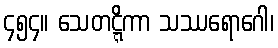
၄၅၄။ သေတဋ္ဋိကာ သဿရောဂေါ၊